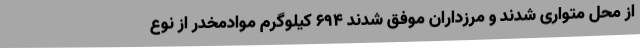
از محل متواری شدند و مرزداران موفق شدند 694 کیلوگرم موادمخدر از نوع